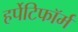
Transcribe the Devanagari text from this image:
हर्पेटिफॉर्म